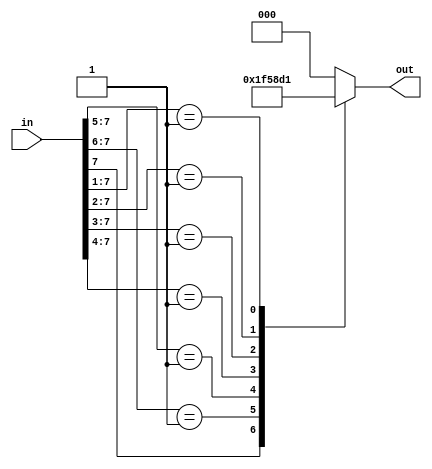
`timescale 1ns / 1ps
//////////////////////////////////////////////////////////////////////////////////
// Company: 
// Engineer: 
// 
// Design Name: 
// Module Name: pe8x3_casex
// Project Name: 
// Target Devices: 
// Tool Versions: 
// Description: 
// 
// Dependencies: 
// 
// Revision:
// Revision 0.01 - File Created
// Additional Comments:
// 
//////////////////////////////////////////////////////////////////////////////////


module pe8x3_casex(input[7:0]in,output reg[2:0]out);
always @*
begin
casex(in)
8'b1XXXXXXX:out=3'b111;
8'b01XXXXXX:out=3'b110;
8'b001XXXXX:out=3'b101;
8'b0001XXXX:out=3'b100;
8'b00001XXX:out=3'b011;
8'b000001XX:out=3'b010;
8'b0000001X:out=3'b001;
8'b00000001:out=3'b000;
8'bxxxxxxxx:out=3'b000;
endcase
end
endmodule